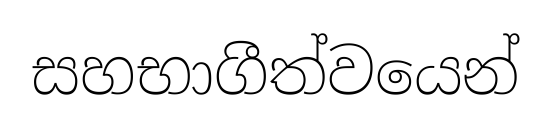
සහභාගීත්වයෙන්